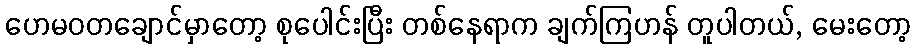
ဟေမဝတချောင်မှာတော့ စုပေါင်းပြီး တစ်နေရာက ချက်ကြဟန် တူပါတယ်, မေးတော့